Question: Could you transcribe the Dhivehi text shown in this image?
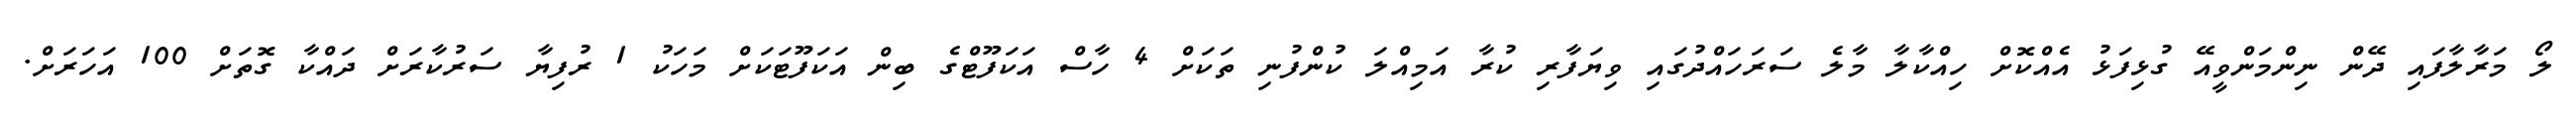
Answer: ލޯ މަރާލާފައި ދޭން ނިންމަންވީއޭ ގުޅިފަޅު އެއްކޮށް ހިއްކާލާ މާލެ ސަރަހައްދުގައި ވިޔަފާރި ކުރާ އަމިއްލަ ކުންފުނި ތަކަށް 4 ހާސް އަކަފޫޓްގެ ބިން އަކަފޫޓަކަށް މަހަކު 1 ރުފިޔާ ސަރުކާރަށް ދައްކާ ގޮތަށް 100 އަހަރަށް.